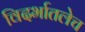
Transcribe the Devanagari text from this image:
विदर्भातलेच